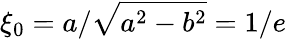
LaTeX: \xi_{0}=a/\sqrt{a^{2}-b^{2}}=1/e